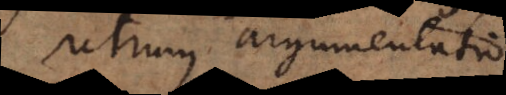
utrum argumentatio